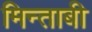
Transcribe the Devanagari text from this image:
मिन्ताबी